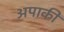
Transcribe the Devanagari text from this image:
अपाकी